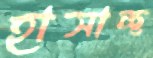
হাসাচ্ছ